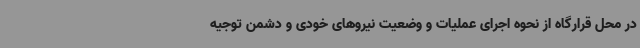
در محل قرارگاه از نحوه اجرای عملیات و وضعیت نیروهای خودی و دشمن توجیه